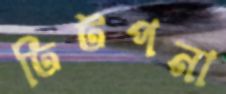
ঢিটপনা